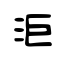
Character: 洰